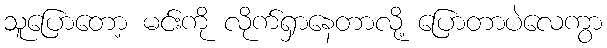
သူပြောတော့ မင်းကို လိုက်ရှာနေတာလို့ ပြောတာပဲလေကွာ